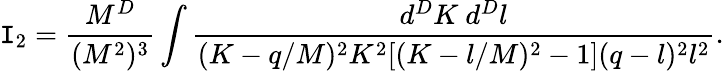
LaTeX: \mathtt{I}_{2}=\frac{{M^{D}}}{{(M^{2})^{3}}}\int\frac{{d^{D}K~d^{D}l}}{{(K-q/M)^{2}K^{2}[(K-l/M)^{2}-1](q-l)^{2}l^{2}}}.